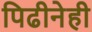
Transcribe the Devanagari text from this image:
पिढीनेही